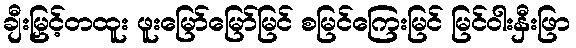
ချီးမြှင့်တထူး ဖူးမြော်မြော်မြင် စမြင်ကြေးမြင် မြင်ဝါးနှီးဖြာ